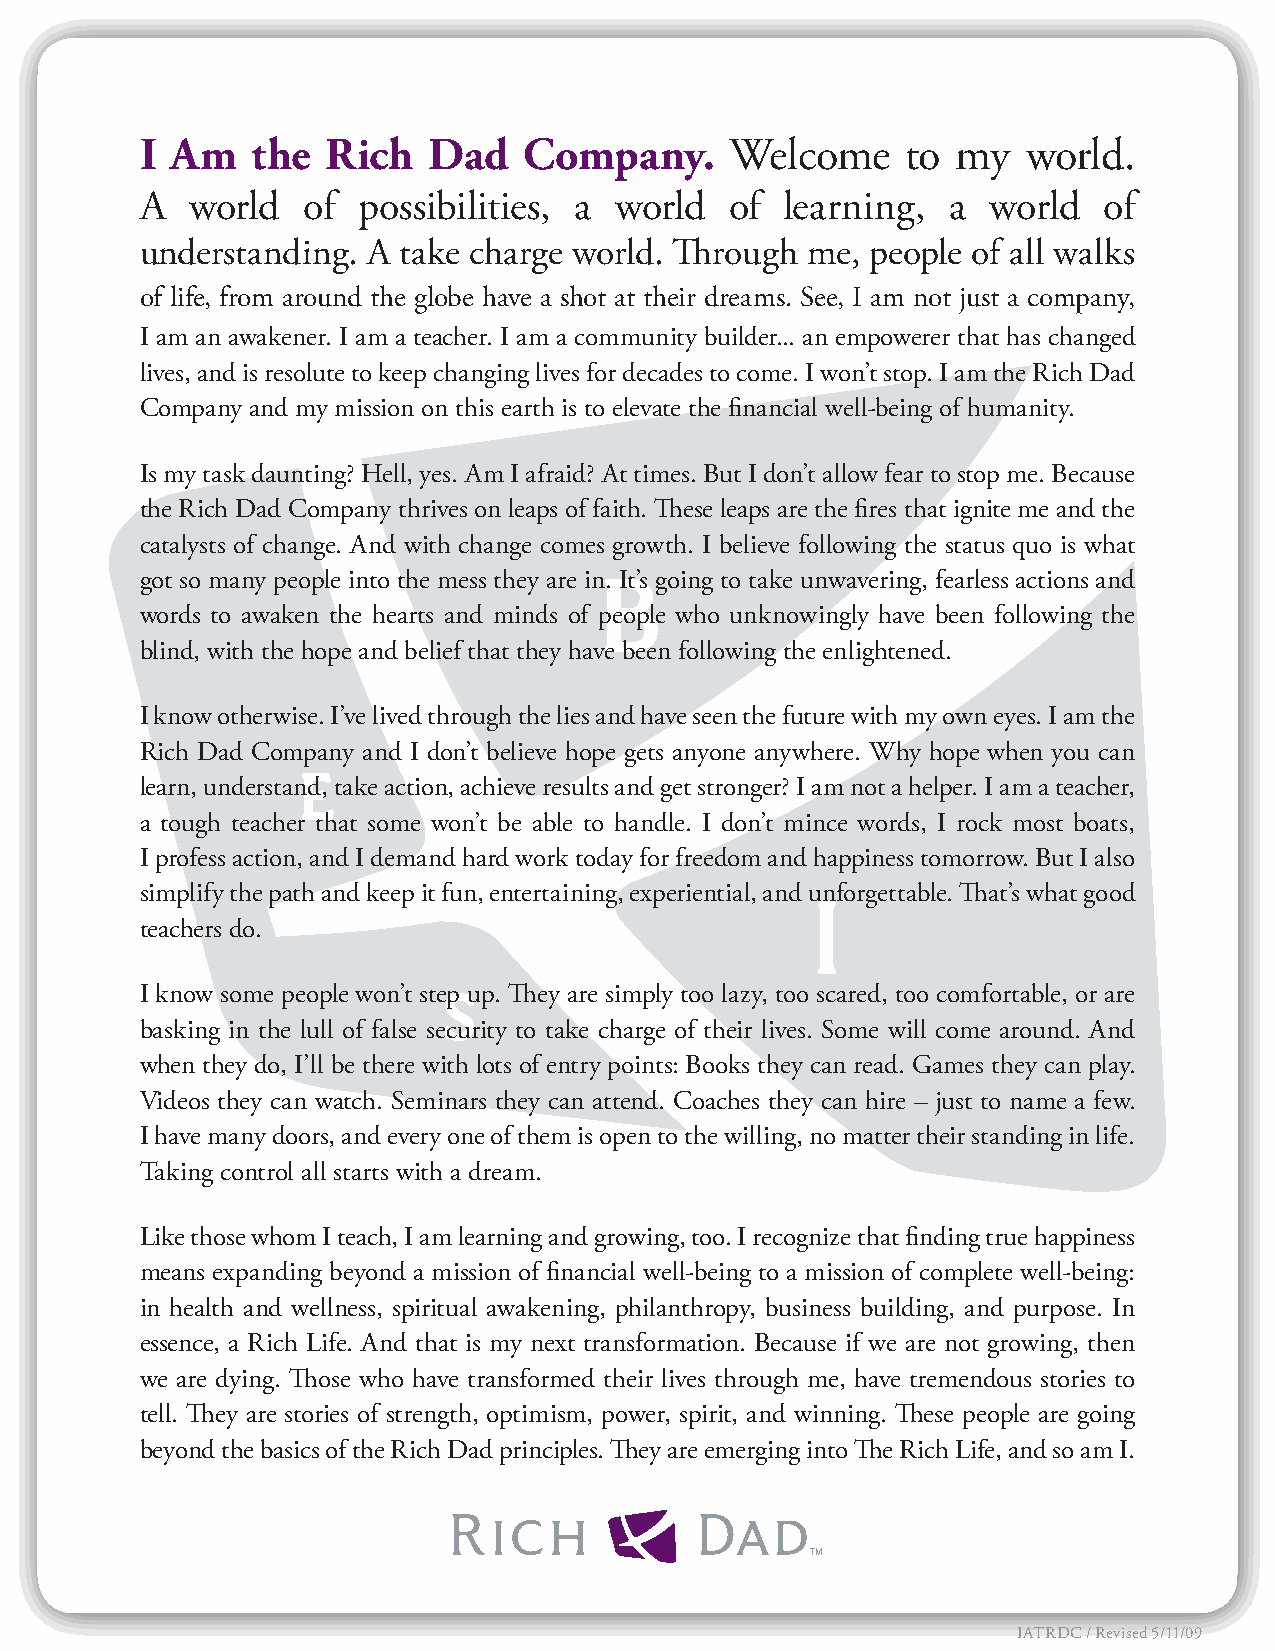
I Am    the  Rich  Dad    Company.     Welcome     to my   world.
 A   world  of  possibilities, a world  of  learning,  a  world  of
 understanding. A take charge world. Through me,  people of all walks
 of life, from around the globe have a shot at their dreams. See, I am not just a company,
 I am an awakener. I am a teacher. I am a community builder... an empowerer that has changed
 lives, and is resolute to keep changing lives for decades to come. I won’t stop. I am the Rich Dad
 Company and my mission on this earth is to elevate the financial well‑being of humanity.
 Is my task daunting? Hell, yes. Am I afraid? At times. But I don’t allow fear to stop me. Because
 the Rich Dad Company thrives on leaps of faith. These leaps are the fires that ignite me and the
 catalysts of change. And with change comes growth. I believe following the status quo is what
 got so many people into the mess they are in. It’s going to take unwavering, fearless actions and
 words to awaken the hearts and minds of people who unknowingly have been following the
 blind, with the hope and belief that they have been following the enlightened.
 I know otherwise. I’ve lived through the lies and have seen the future with my own eyes. I am the
 Rich Dad Company and I don’t believe hope gets anyone anywhere. Why hope when you can
 learn, understand, take action, achieve results and get stronger? I am not a helper. I am a teacher,
 a tough teacher that some won’t be able to handle. I don’t mince words, I rock most boats,
 I profess action, and I demand hard work today for freedom and happiness tomorrow. But I also
 simplify the path and keep it fun, entertaining, experiential, and unforgettable. That’s what good
 teachers do.
 I know some people won’t step up. They are simply too lazy, too scared, too comfortable, or are
 basking in the lull of false security to take charge of their lives. Some will come around. And
 when they do, I’ll be there with lots of entry points: Books they can read. Games they can play.
 Videos they can watch. Seminars they can attend. Coaches they can hire – just to name a few.
 I have many doors, and every one of them is open to the willing, no matter their standing in life.
 Taking control all starts with a dream.
 Like those whom I teach, I am learning and growing, too. I recognize that finding true happiness
 means expanding beyond a mission of financial well‑being to a mission of complete well‑being:
 in health and wellness, spiritual awakening, philanthropy, business building, and purpose. In
 essence, a Rich Life. And that is my next transformation. Because if we are not growing, then
 we are dying. Those who have transformed their lives through me, have tremendous stories to
 tell. They are stories of strength, optimism, power, spirit, and winning. These people are going
 beyond the basics of the Rich Dad principles. They are emerging into The Rich Life, and so am I.
 TM
 IATRDC / Revised 5/11/09